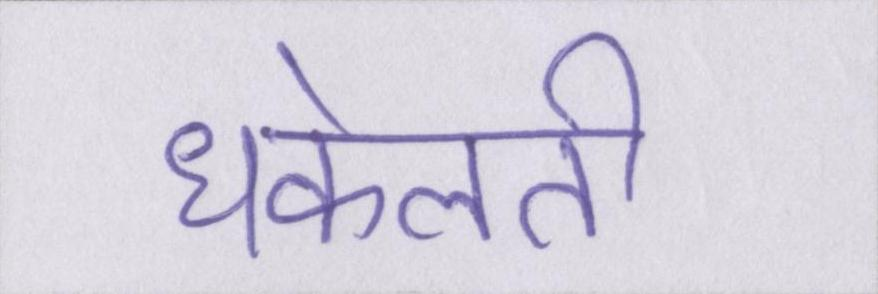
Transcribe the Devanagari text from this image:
धकेलती